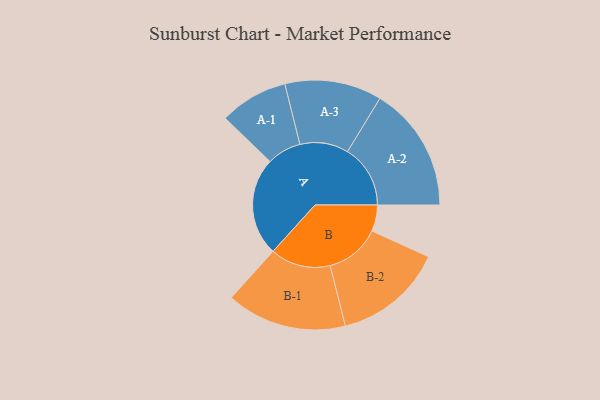
{"axis": {"x": "Segment", "y": "Value"}, "legend": ["", "A", "B"], "data": [{"x": "A", "y": 454, "type": ""}, {"x": "B", "y": 121, "type": ""}, {"x": "A-1", "y": 158, "type": "A"}, {"x": "A-2", "y": 290, "type": "A"}, {"x": "A-3", "y": 224, "type": "A"}, {"x": "B-1", "y": 278, "type": "B"}, {"x": "B-2", "y": 254, "type": "B"}]}